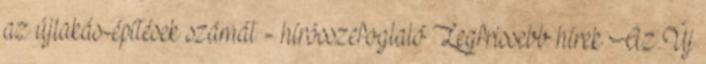
az újlakás-építések számát - hírösszefoglaló Legfrissebb hírek Az Új